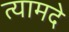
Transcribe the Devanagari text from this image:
त्यामदे